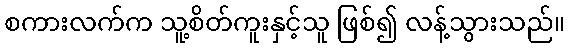
စကားလက်က သူ့စိတ်ကူးနှင့်သူ ဖြစ်၍ လန့်သွားသည်။